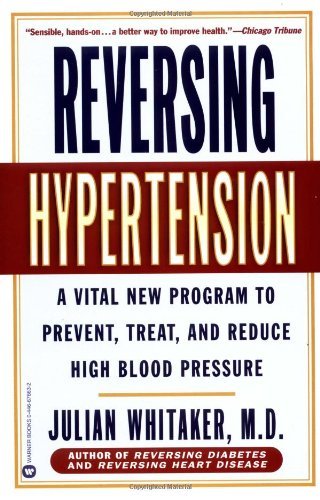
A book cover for Reversing Hypertension: A Vital New Program to Prevent, Treat, and Reduce High Blood Pressure [Paperback] [2001] (Author) Julian Whitaker; Health, Fitness & Dieting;